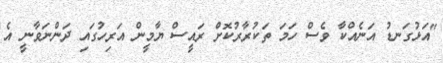
"އަަޅުގަނޑު އަނެއްކާ ވެސް ހަމަ ތަކުރާރުކޮށް ރައީސް ޔާމީން އަރިހުގައި ދަންނަވާނީ އެ